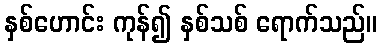
နှစ်ဟောင်း ကုန်၍ နှစ်သစ် ရောက်သည်။